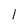
Character: I